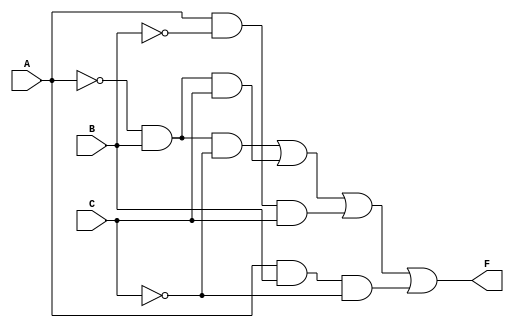
module kmap_3var (
    input wire A,  // Input variable A
    input wire B,  // Input variable B
    input wire C,  // Input variable C
    output wire F  // Output of the combinational logic block
);

// Combinational logic implementation using the derived expression
assign F = (~A & B & ~C) | (~A & B & C) | (A & ~B & C) | (A & B & ~C);

endmodule